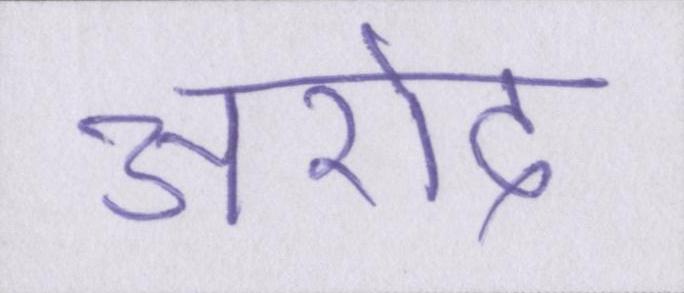
अरोद